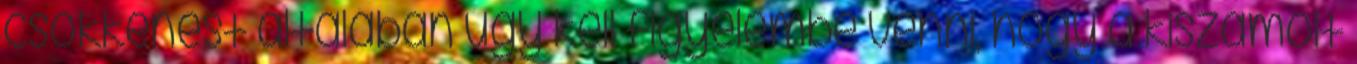
csökkenést általában úgy kell figyelembe venni, hogy a kiszámolt